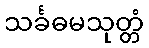
သင်္ခဓမသုတ္တံ